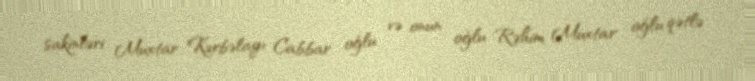
sakinləri Muxtar Kərbəlayı Cabbar oğlu və onun oğlu Rəhim Muxtar oğlu qətlə